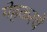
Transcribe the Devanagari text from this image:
मेहकरचे